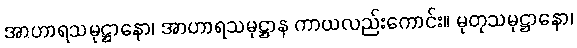
အာဟာရသမုဋ္ဌာနော၊ အာဟာရသမုဋ္ဌာန ကာယလည်းကောင်း။ မုတုသမုဋ္ဌာနော၊